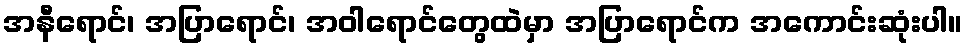
အနီရောင်၊ အပြာရောင်၊ အဝါရောင်တွေထဲမှာ အပြာရောင်က အကောင်းဆုံးပါ။